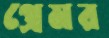
প্রেমর